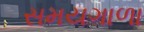
સમયગાળા